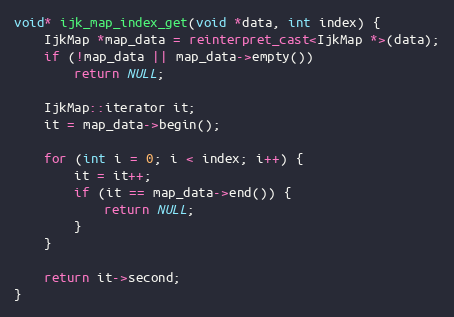
Language: C++
void* ijk_map_index_get(void *data, int index) {
    IjkMap *map_data = reinterpret_cast<IjkMap *>(data);
    if (!map_data || map_data->empty())
        return NULL;

    IjkMap::iterator it;
    it = map_data->begin();

    for (int i = 0; i < index; i++) {
        it = it++;
        if (it == map_data->end()) {
            return NULL;
        }
    }

    return it->second;
}